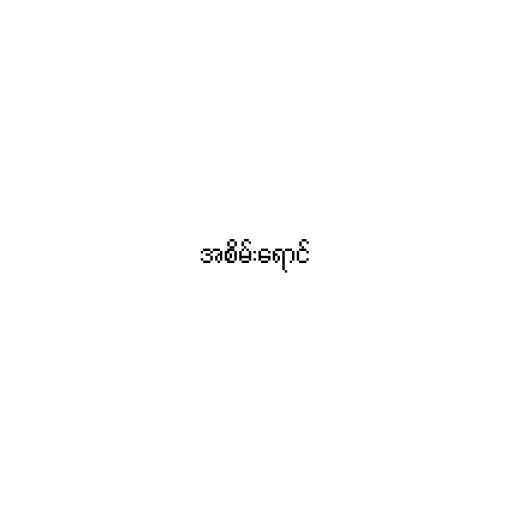
အစိမ်းရောင်